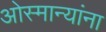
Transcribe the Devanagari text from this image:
ओस्मान्यांना